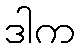
ဒါက